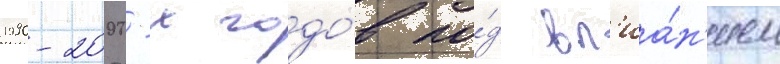
1990-2000-х годо́в по́д вл'иа́н'ием